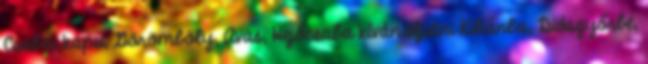
Csabai kapu, Görömböly, Avas, Hejőcsaba kíván eljutni Kiliánba, Diósgyőrbe,